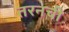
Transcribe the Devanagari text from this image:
तरनची